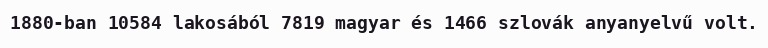
1880-ban 10584 lakosából 7819 magyar és 1466 szlovák anyanyelvű volt.